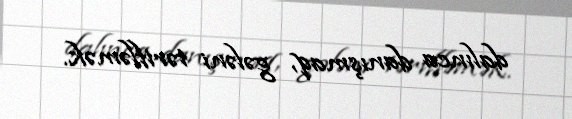
dalınca danışmaq, gələni tərifləmək.